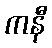
ကနီ